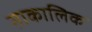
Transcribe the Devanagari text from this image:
साकालिक